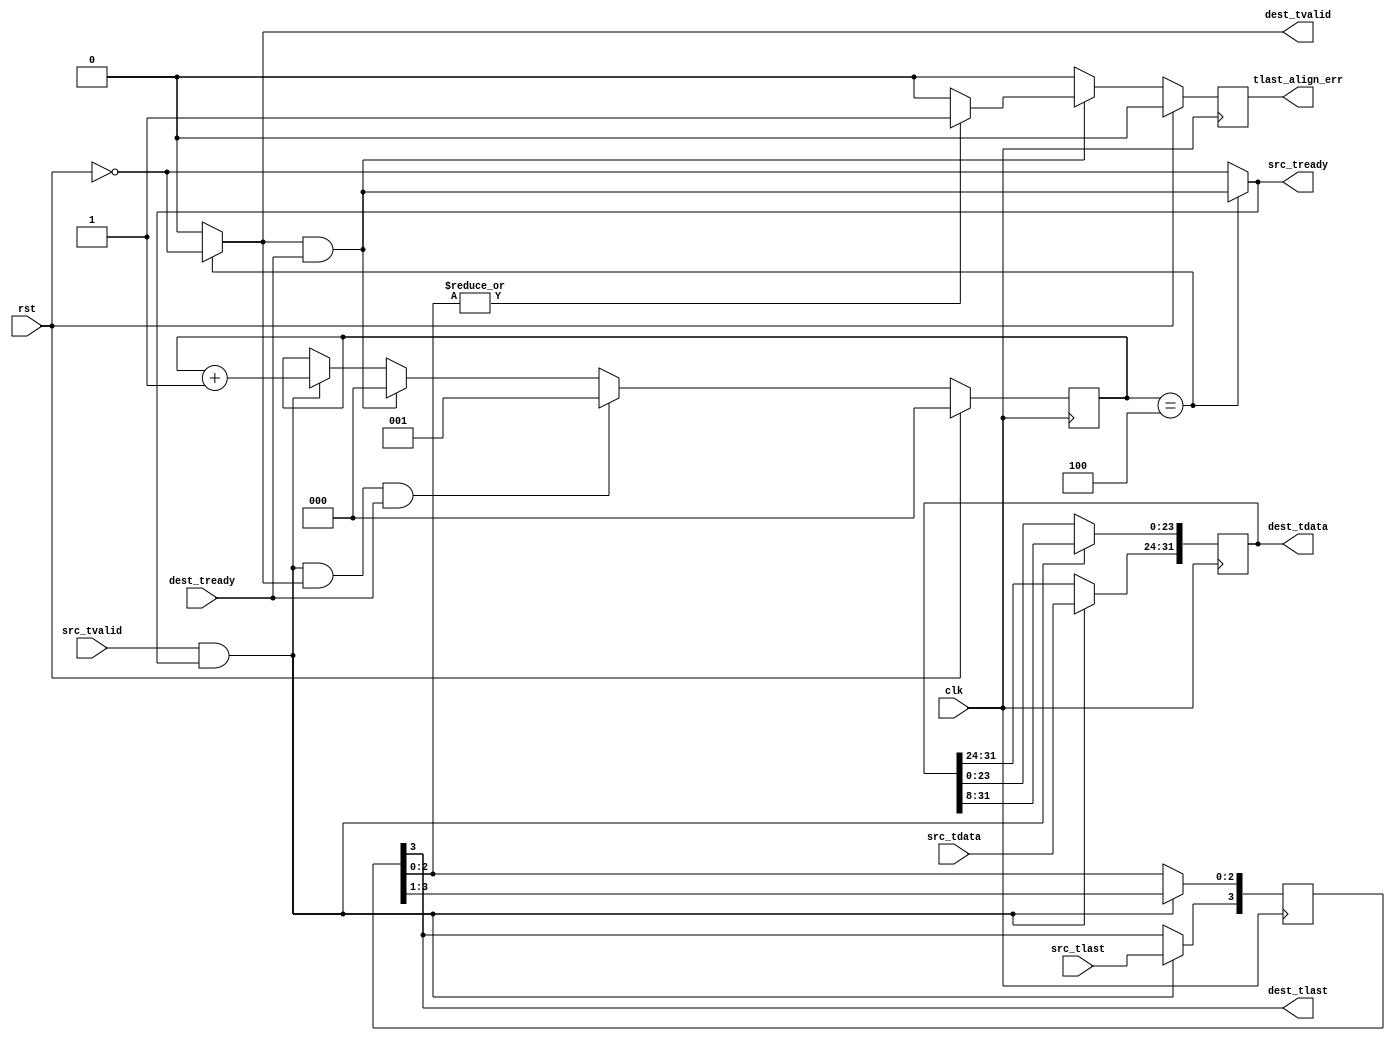
// This program was cloned from: https://github.com/TripRichert/hdl_rosetta_stone
// License: MIT License

/**
 * @file axistream_pack
 * @author Trip Richert
 **/

// license at bottom of file

/**
 * @interface axistream_pack
 * @brief concatenates NUM_PACK elements from src_data and sends out dest
 * @param src_tlast may only be raised on multiples of NUM_PACK of src 
 **/

module axistream_pack
  (
   clk,
   rst,

   src_tvalid,
   src_tready,
   src_tdata,
   src_tlast, //! may only be raised on multiples of NUM_PACK of src

   dest_tvalid,
   dest_tready,
   dest_tdata,
   dest_tlast,

   tlast_align_err //! src_tlast && src_tvalid at invalid time for src_tlast
   );

   parameter DATA_WIDTH = 8;
   parameter NUM_PACK = 4;
   parameter BIG_ENDIAN = 1'b0; //! most significant word comes first from src
   

   input                              clk;
   input                              rst;

   input                              src_tvalid;
   output                             src_tready;
   input [DATA_WIDTH-1:0]             src_tdata;
   input 		              src_tlast;

   output 		              dest_tvalid;
   input 		              dest_tready;
   output [(DATA_WIDTH*NUM_PACK)-1:0] dest_tdata;
   output 			      dest_tlast;
   
   output reg 			      tlast_align_err;
   
   

   reg [(NUM_PACK*DATA_WIDTH)-1:0]   data_buf;
   reg [NUM_PACK-1:0] 		     tlast_buf;
   
   reg [$clog2(NUM_PACK+1)-1:0]       cnt;

   assign dest_tvalid = (cnt == NUM_PACK) ? !rst : 1'b0;
   assign src_tready  = (cnt == NUM_PACK) ? dest_tvalid && dest_tready : !rst;

   assign dest_tdata = data_buf;
   assign dest_tlast = (!BIG_ENDIAN)?tlast_buf[NUM_PACK-1]:tlast_buf[0];

   initial begin
      cnt = 0;
      tlast_align_err = 1'b0;
   end
   
   always @(posedge clk) begin
      //rst overrides cnt and tlast_align_err
      
      if (src_tvalid && src_tready) begin
	 if (!BIG_ENDIAN) begin
	       
	    data_buf[((NUM_PACK-1)*DATA_WIDTH)-1:0] 
	      <= data_buf[NUM_PACK*DATA_WIDTH-1:DATA_WIDTH];
	       
	    data_buf[NUM_PACK*DATA_WIDTH-1:(NUM_PACK-1)*DATA_WIDTH] 
	      <= src_tdata;
	       
	    tlast_buf[NUM_PACK-2:0] <= tlast_buf[NUM_PACK-1:1];
	    tlast_buf[NUM_PACK-1] <= src_tlast;
	       
	 end else begin 
	       
	    data_buf[NUM_PACK*DATA_WIDTH-1:DATA_WIDTH] 
	      <= data_buf[((NUM_PACK-1)*DATA_WIDTH)-1:0];
       
	    data_buf[DATA_WIDTH - 1 : 0] <= src_tdata;

	    tlast_buf[NUM_PACK-1:1] <= tlast_buf[NUM_PACK-2:0];
	    tlast_buf[0] <= src_tlast;
	       
	 end
      end else begin
	 data_buf <= data_buf;
	 tlast_buf <= tlast_buf;
      end
	 
      if (src_tvalid && src_tready && dest_tvalid && dest_tready) begin
	 cnt <= 1;	    
      end else if (dest_tvalid && dest_tready) begin
	 cnt <= 0;
      end else if (src_tvalid && src_tready) begin
	 cnt <= cnt + 1;
      end else begin
	 cnt <= cnt;
      end

      if (dest_tvalid && dest_tready) begin
	 if (!BIG_ENDIAN) begin
	    tlast_align_err <= (|tlast_buf[NUM_PACK-2:0])?1'b1:1'b0;
	 end else begin
	    tlast_align_err <= (|tlast_buf[NUM_PACK-1:1])?1'b1:1'b0;
	 end
      end else begin
	 tlast_align_err <= 1'b0;
      end
	 
      if (rst) begin
	 cnt <= 0;
	 tlast_align_err <= 1'b0;
      end
   end 
   
endmodule

// Copyright 2021 Trip Richert

// Permission is hereby granted, free of charge, to any person obtaining a copy
// of this software and associated documentation files (the "Software"), 
// to deal in the Software without restriction, including without limitation 
// the rights to use, copy, modify, merge, publish, distribute, sublicense, 
// and/or sell copies of the Software, and to permit persons to whom the 
// Software is furnished to do so, subject to the following conditions:

// The above copyright notice and this permission notice shall be included in 
// all copies or substantial portions of the Software.

// THE SOFTWARE IS PROVIDED "AS IS", WITHOUT WARRANTY OF ANY KIND, EXPRESS OR 
// IMPLIED, INCLUDING BUT NOT LIMITED TO THE WARRANTIES OF MERCHANTABILITY, 
// FITNESS FOR A PARTICULAR PURPOSE AND NONINFRINGEMENT. IN NO EVENT SHALL THE 
// AUTHORS OR COPYRIGHT HOLDERS BE LIABLE FOR ANY CLAIM, DAMAGES OR OTHER 
// LIABILITY, WHETHER IN AN ACTION OF CONTRACT, TORT OR OTHERWISE, ARISING FROM,
// OUT OF OR IN CONNECTION WITH THE SOFTWARE OR THE USE OR OTHER DEALINGS IN 
// THE SOFTWARE.